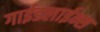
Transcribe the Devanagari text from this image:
गाईडलाईन्स